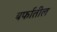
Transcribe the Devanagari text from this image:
बर्फातील